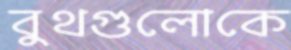
বুথগুলোকে